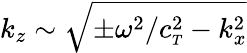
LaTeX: k_{z}\sim\sqrt{\pm\omega^{2}/c_{\scriptscriptstyle T}^{2}-k_{x}^{2}}